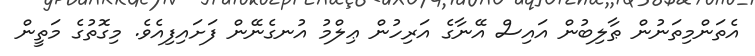
އެތަންމިތަނުން ޠާލިބުން އައިސް އޭނާގެ އަރިހުން ޢިލްމު އުނގެނޭން ފަށައިފިއެވެ. މިގޮތުގެ މަތީން